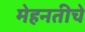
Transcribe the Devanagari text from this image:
मेहनतीचे